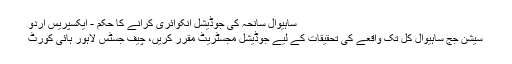
ساہیوال سانحہ کی جوڈیشل انکوائری کرانے کا حکم - ایکسپریس اردو
سیشن جج ساہیوال کل تک واقعے کی تحقیقات کے لیے جوڈیشل مجسٹریٹ مقرر کریں، چیف جسٹس لاہور ہائی کورٹ